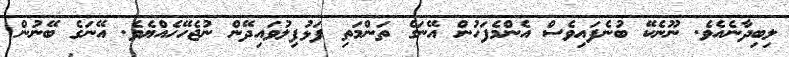
ލިބިދާނެއެވެ. ނޫނެކޭ ބުނެފައިވެސް އެންމެފަހުން އޭނަގެ ތަންމަތި ފަޅުފިލުވައިދޭން ނުޖެހޭހެއްޔެވެ. އޭނަގެ ބޭނުން